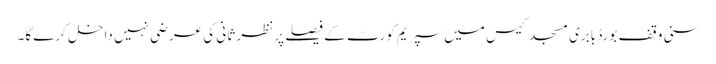
سنی وقف بورڈ بابری مسجد کیس میں سپریم کورٹ کے فیصلے پر نظر ثانی کی عرضی نہیں داخل کرے گا۔